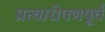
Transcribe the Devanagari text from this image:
प्रत्यारोपणपूर्व